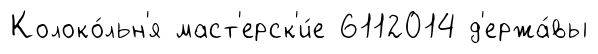
Колоко́льн'я маст'ерск'и́е 6112014 д'ержа́вы